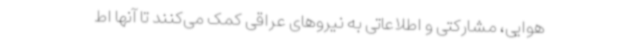
هوایی، مشارکتی و اطلاعاتی به نیروهای عراقی کمک می‌کنند تا آنها اط